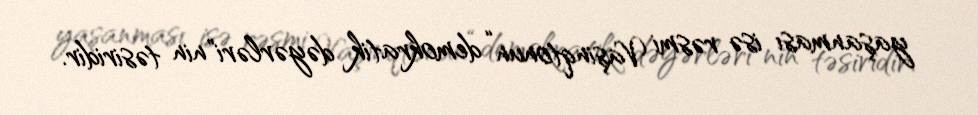
yaşanması isə rəsmi Vaşinqtonun “demokratik dəyərləri"nin təsiridir.